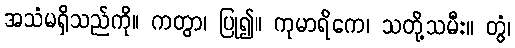
အသံမရှိသည်ကို။ ကတွာ၊ ပြု၍။ ကုမာရိကေ၊ သတို့သမီး။ တွံ၊